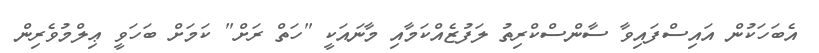
އެބަހަކުން އައިސްފައިވާ ސާންސްކްރިތު ލަފުޒެއްކަމާއި މާނައަކީ "ހަތް ރަށް" ކަމަށް ބަހަވީ ޢިލްމުވެރިން